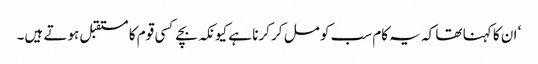
‘ ان کا کہنا تھا کہ یہ کام سب کو مل کر کرنا ہے کیونکہ بچے کسی قوم کا مستقبل ہوتے ہیں۔